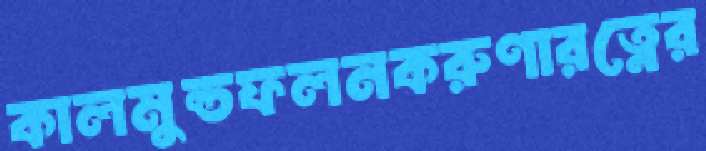
কালমুন্ডফলনকরুণারত্নের